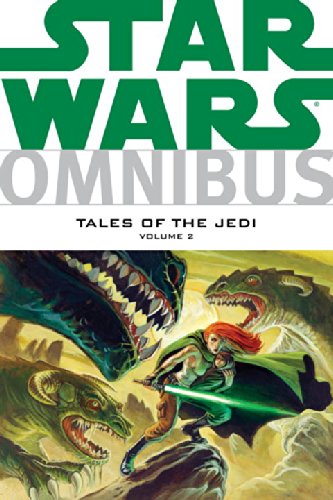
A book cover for Star Wars Omnibus: Tales of the Jedi, Vol. 2; Tom Veitch; Teen & Young Adult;